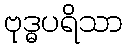
ဗုဒ္ဓပရိသာ